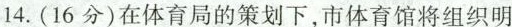
14.(16分)在体育局的策划下，市体育馆将组织明